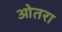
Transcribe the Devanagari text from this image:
ओतरा